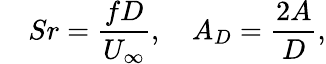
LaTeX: \quad Sr=\frac{fD}{U_{\infty}},\quad A_{D}=\frac{2A}{D},